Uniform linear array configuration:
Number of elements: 48
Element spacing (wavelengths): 0.5
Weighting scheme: hamming
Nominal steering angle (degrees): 30
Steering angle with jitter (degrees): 28.167
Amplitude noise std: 0.05
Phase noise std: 0.05

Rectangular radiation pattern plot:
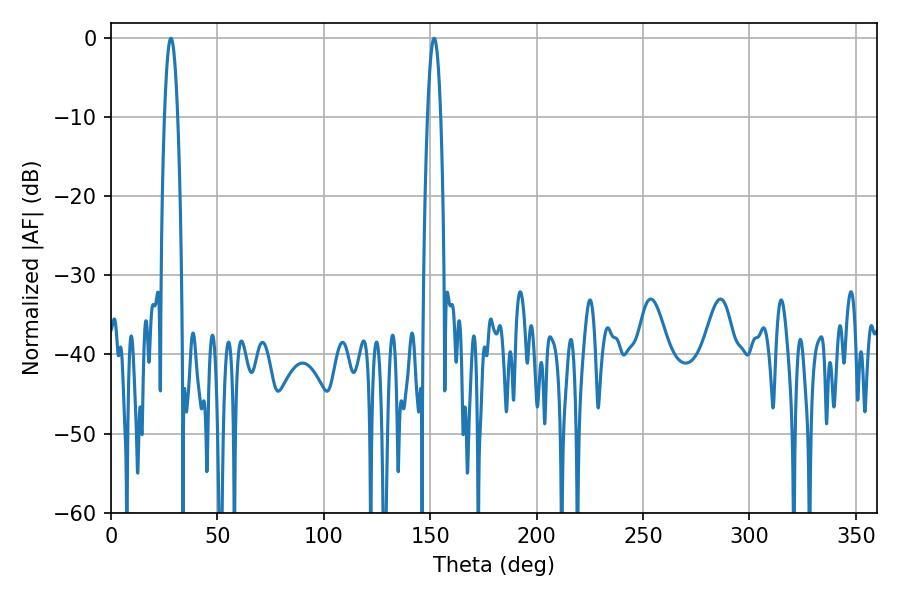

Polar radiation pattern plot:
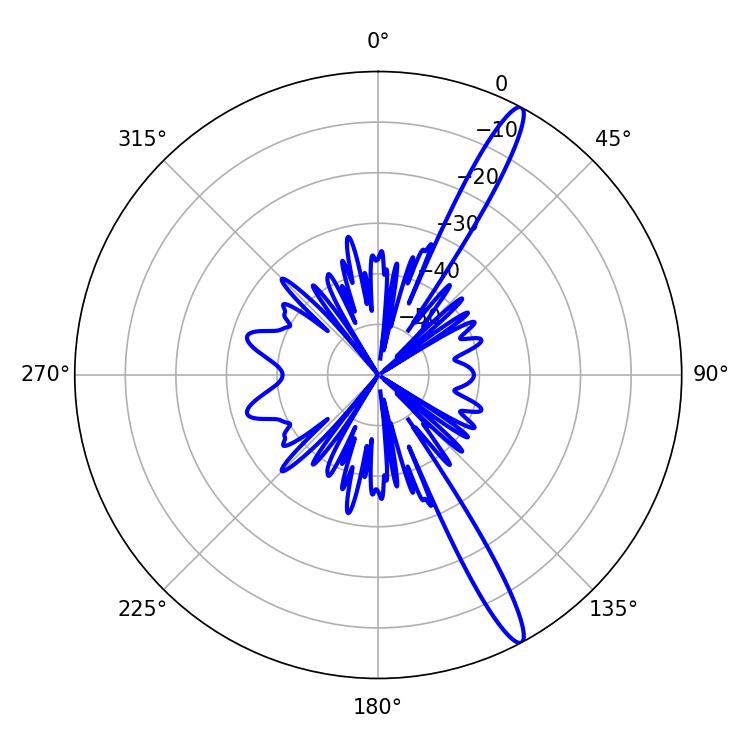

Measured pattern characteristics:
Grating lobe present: FALSE
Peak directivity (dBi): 15.146
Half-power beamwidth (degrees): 3.42
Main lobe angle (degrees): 28.08